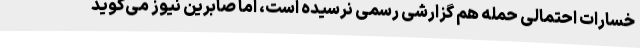
خسارات احتمالی حمله هم گزارشی رسمی نرسیده است، اما صابرین نیوز می‌گوید